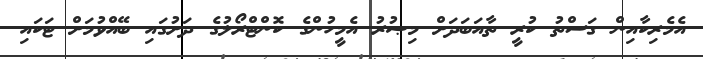
އެމެރިކާއިން ގަސްތު ކުރީ ތާއަބަދަށް މިޞުރު އެމީހުންގެ ކޮންޓްރޯލުގެ ދަށުގައި ބޭއްވުމަށް ޓަކައި